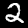
Digit: 2